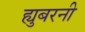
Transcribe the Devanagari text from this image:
ह्युबरनी